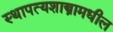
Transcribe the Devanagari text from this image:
स्थापत्यशास्त्रामधील